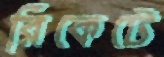
রিকেটে